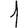
Digit: 1